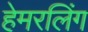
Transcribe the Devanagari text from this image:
हेमरलिंग